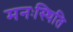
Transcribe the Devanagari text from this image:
मनःस्‍थिति